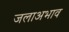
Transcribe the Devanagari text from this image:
जलाअभाव